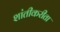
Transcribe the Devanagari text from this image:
शांतीकरीता